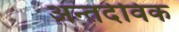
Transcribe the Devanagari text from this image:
अन्तर्दविक